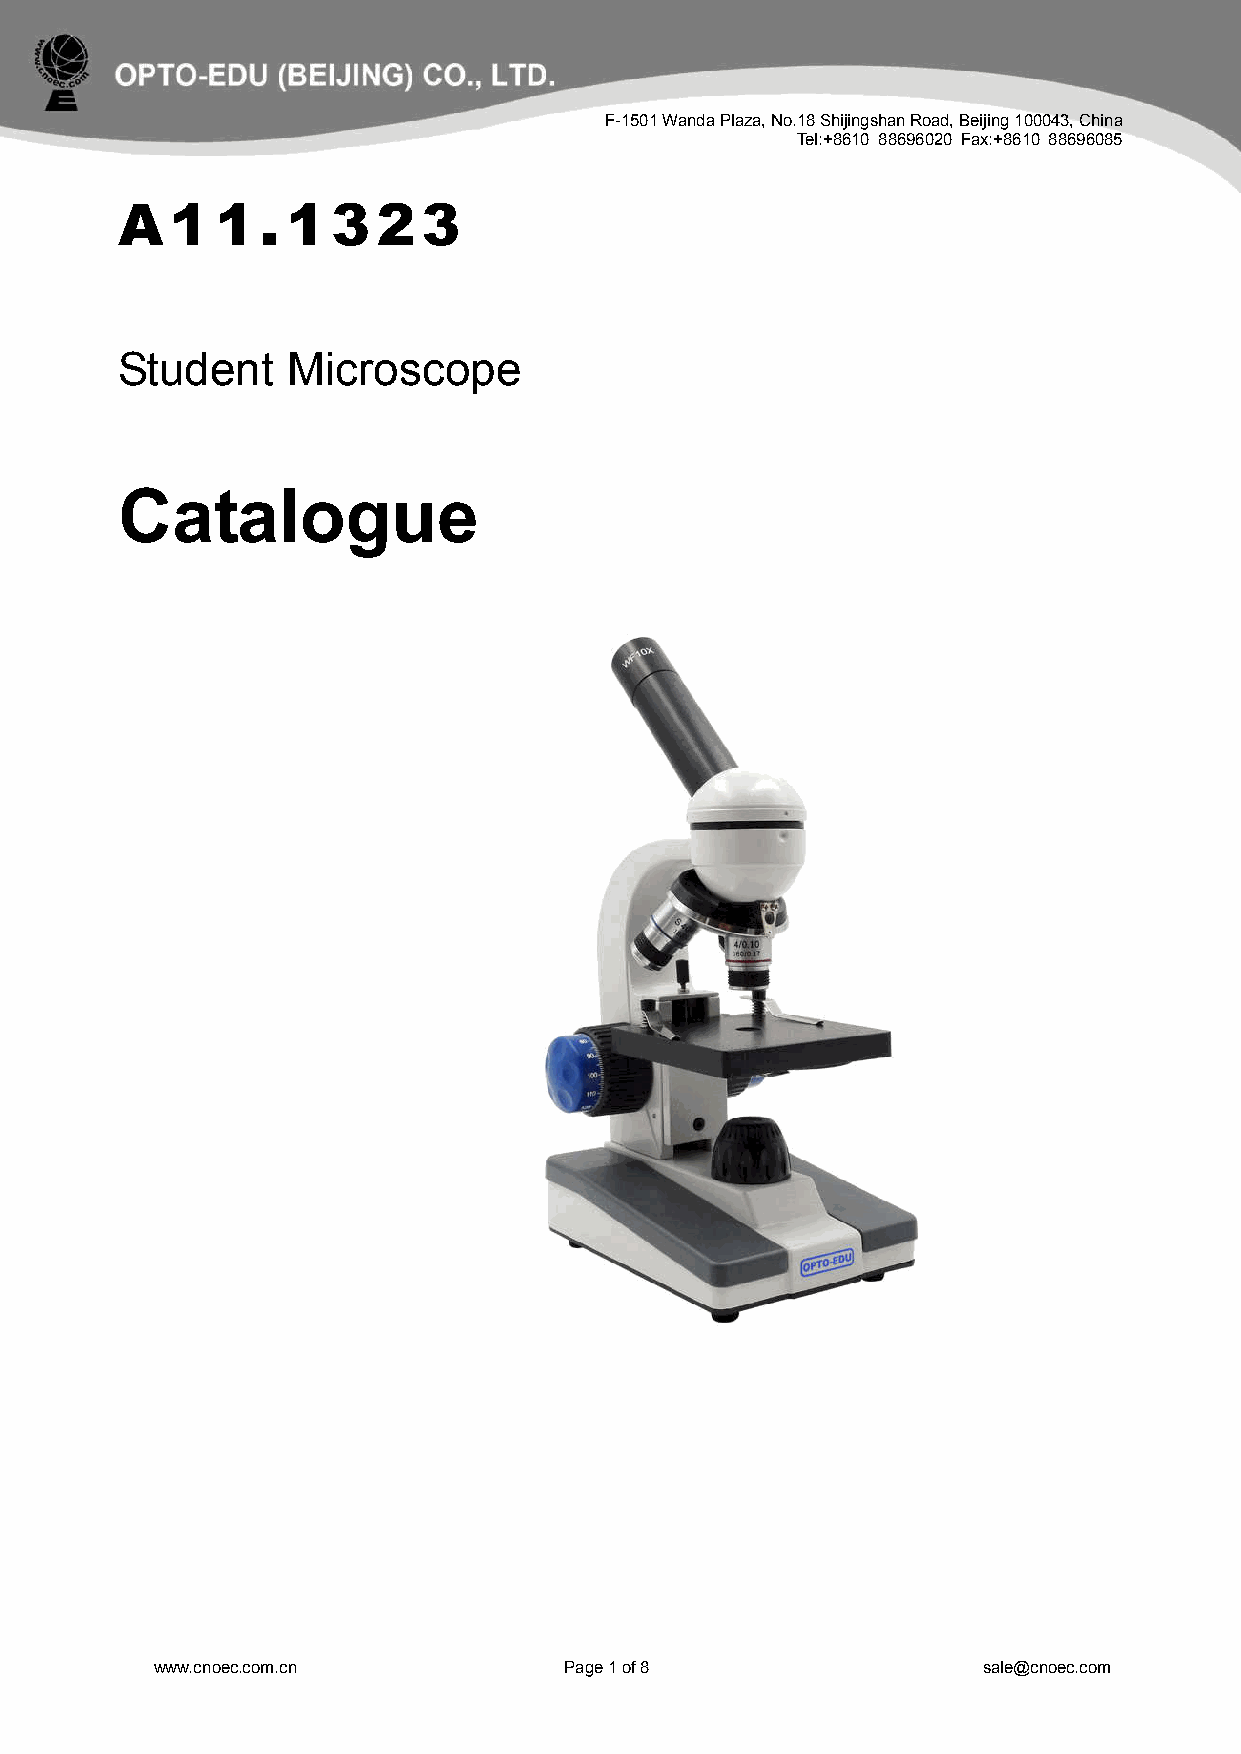
F-1501 Wanda Plaza, No.18 Shijingshan Road, Beijing 100043, China
 Tel:+8610 88696020 Fax:+8610 88696085
 A1    1.   1  3  23
 Student    Microscope
 Catalogue
 www.cnoec.com.cn           Page 1 of 8                 sale@cnoec.com